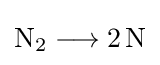
{\mathrm {N} {\vphantom {A}}_{\smash[{t}]{2}}{}\mathrel {\longrightarrow } {}2\,\mathrm {N} }